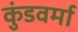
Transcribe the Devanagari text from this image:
कुंडवर्मा